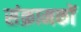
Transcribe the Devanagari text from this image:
संक्रामकों